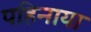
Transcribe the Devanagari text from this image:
पहिनाया